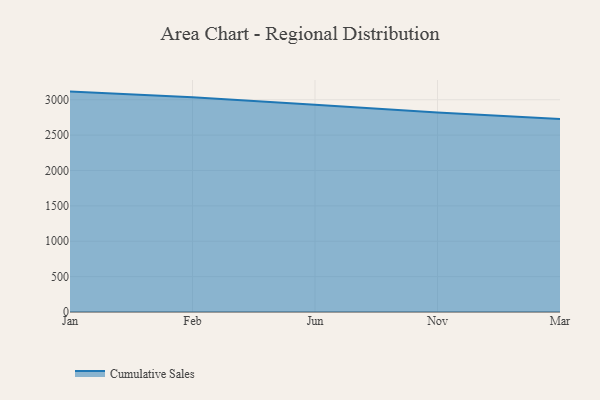
{"axis": {"x": "Month", "y": "Website Visitors"}, "legend": ["Cumulative Sales"], "data": [{"x": "Jan", "y": 3114.7, "type": "Cumulative Sales"}, {"x": "Feb", "y": 3036.0, "type": "Cumulative Sales"}, {"x": "Jun", "y": 2929.7, "type": "Cumulative Sales"}, {"x": "Nov", "y": 2820.5, "type": "Cumulative Sales"}, {"x": "Mar", "y": 2729.1, "type": "Cumulative Sales"}]}